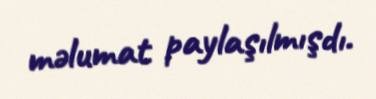
məlumat paylaşılmışdı.